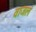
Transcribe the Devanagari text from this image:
वाजलं